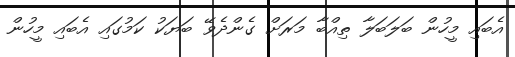
އެބައި މީހުން ބަލަބަލާ ތިއްބާ މަރަށް ގެންދެވޭ ބަޔަކު ކަމުގައި އެބައި މީހުން